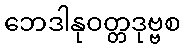
ဘေဒါနုဝတ္တဒုဗ္ဗစ